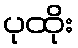
ပုထိုး